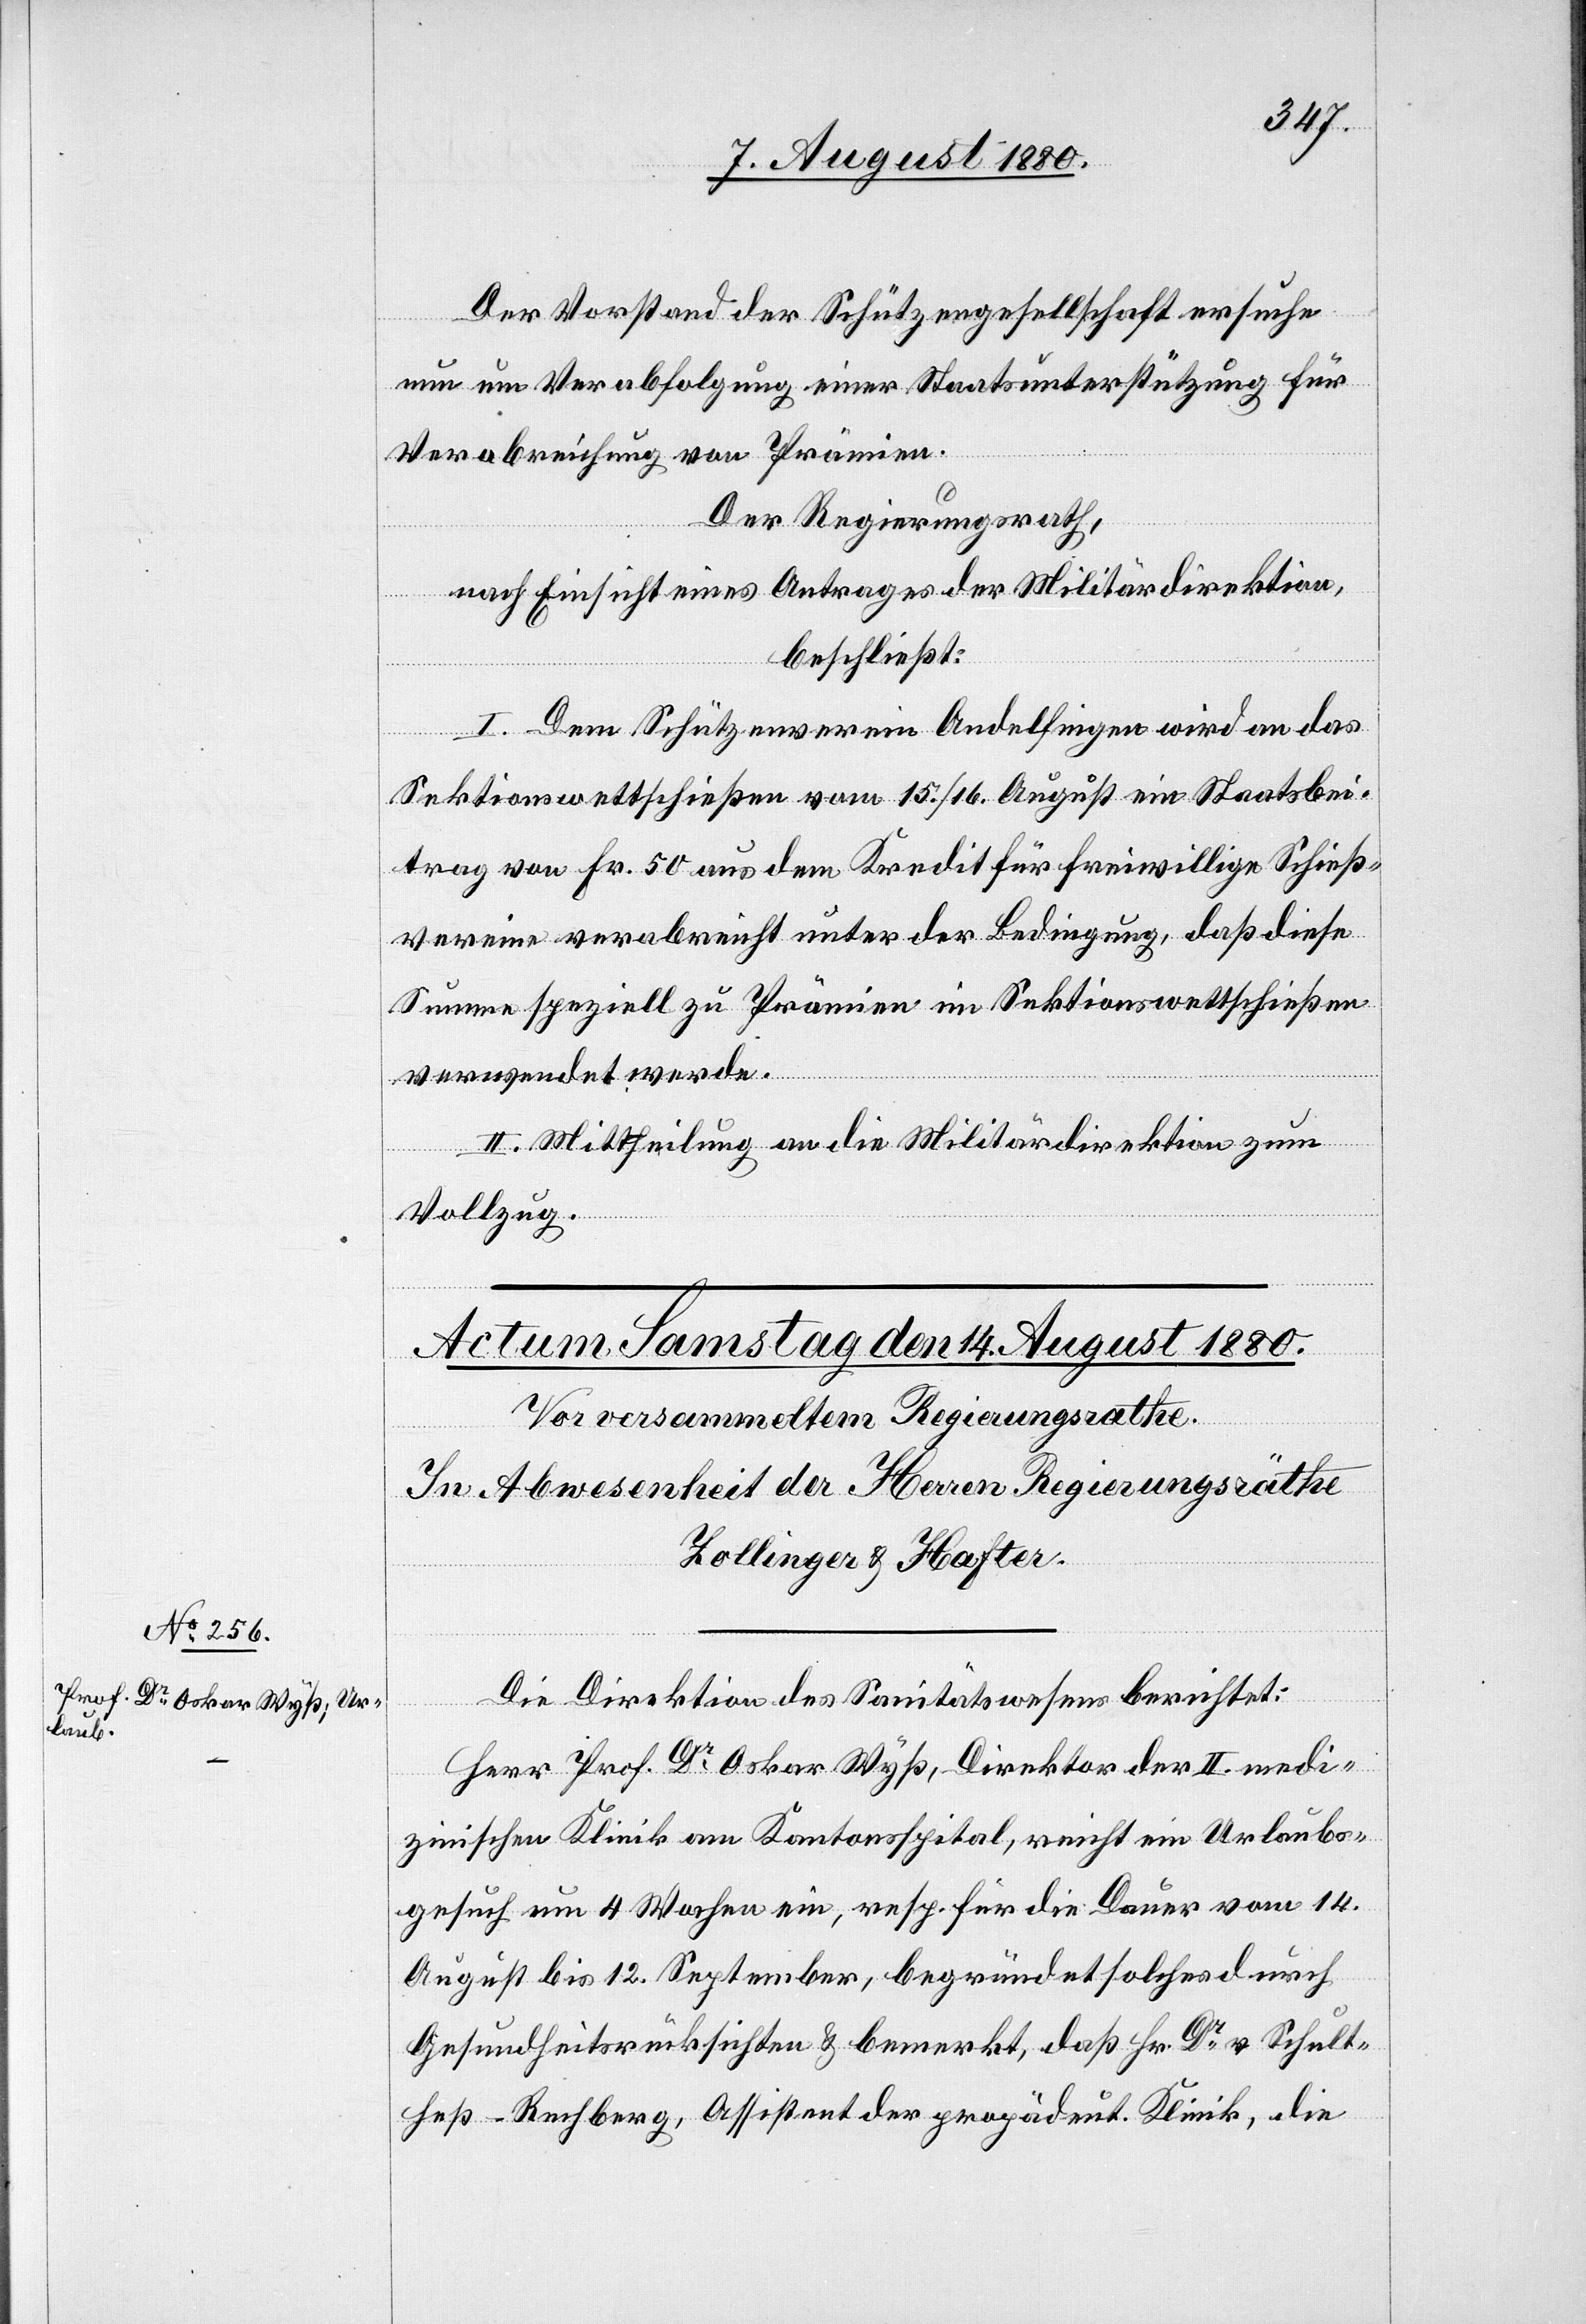
Der Vorstand der Schützengesellschaft ersuche
nun um Verabfolgung einer Staatsunterstützung für
Verabreichung von Prämien.
Der Regierungsrath,
nach Einsicht eines Antrages der Militärdirektion,
beschließt:
I. Dem Schützenverein Andelfingen wird an das
Sektionswettschießen vom 15. / 16. August ein Staatsbei¬
trag von Fr. 50 aus dem Kredit für freiwillige Schieß¬
vereine verabreicht unter der Bedingung, daß diese
Summe speziell zu Prämien im Sektionswettschießen
verwendet werde.
II. Mittheilung an die Militärdirektion zum
Vollzug.
Die Direktion des Sanitätswesens berichtet:
Herr Prof. Dr Oskar Wyß, Direktor der II. medi¬
zinischen Klinik am Kantonsspital, reicht ein Urlaubs¬
gesuch um 4 Wochen ein, resp. für die Dauer vom 14.
August bis 12. September, begründet solches durch
Gesundheitsrücksichten & bemerkt, daß Hr. Dr v. Schult¬
heß-Rechberg, Assistent der propädeut. Klinik, die